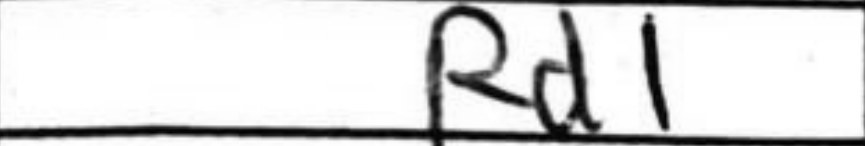
Transcription: Rd1